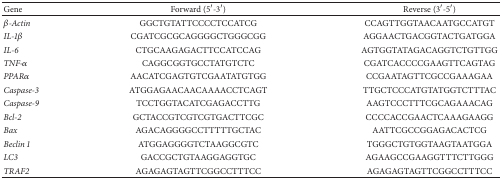
<table><thead><tr><td><b>Gene</b></td><td><b>Forward (5′-3′)</b></td><td><b>Reverse (3′-5′)</b></td></tr></thead><tbody><tr><td><i>β-Actin</i></td><td>GGCTGTATTCCCCTCCATCG</td><td>CCAGTTGGTAACAATGCCATGT</td></tr><tr><td><i>IL-1β</i></td><td>CGATCGCGCAGGGGCTGGGCGG</td><td>AGGAACTGACGGTACTGATGGA</td></tr><tr><td><i>IL-6</i></td><td>CTGCAAGAGACTTCCATCCAG</td><td>AGTGGTATAGACAGGTCTGTTGG</td></tr><tr><td><i>TNF-α</i></td><td>CAGGCGGTGCCTATGTCTC</td><td>CGATCACCCCGAAGTTCAGTAG</td></tr><tr><td><i>PPARα</i></td><td>AACATCGAGTGTCGAATATGTGG</td><td>CCGAATAGTTCGCCGAAAGAA</td></tr><tr><td><i>Caspase-3</i></td><td>ATGGAGAACAACAAAACCTCAGT</td><td>TTGCTCCCATGTATGGTCTTTAC</td></tr><tr><td><i>Caspase-9</i></td><td>TCCTGGTACATCGAGACCTTG</td><td>AAGTCCCTTTCGCAGAAACAG</td></tr><tr><td><i>Bcl-2</i></td><td>GCTACCGTCGTCGTGACTTCGC</td><td>CCCCACCGAACTCAAAGAAGG</td></tr><tr><td><i>Bax</i></td><td>AGACAGGGGCCTTTTTGCTAC</td><td>AATTCGCCGGAGACACTCG</td></tr><tr><td><i>Beclin 1</i></td><td>ATGGAGGGGTCTAAGGCGTC</td><td>TGGGCTGTGGTAAGTAATGGA</td></tr><tr><td><i>LC3</i></td><td>GACCGCTGTAAGGAGGTGC</td><td>AGAAGCCGAAGGTTTCTTGGG</td></tr><tr><td><i>TRAF2</i></td><td>AGAGAGTAGTTCGGCCTTTCC</td><td>AGAGAGTAGTTCGGCCTTTCC</td></tr></tbody></table>